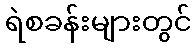
ရဲစခန်းများတွင်